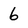
Character: 6